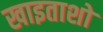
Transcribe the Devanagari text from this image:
खाइताशो